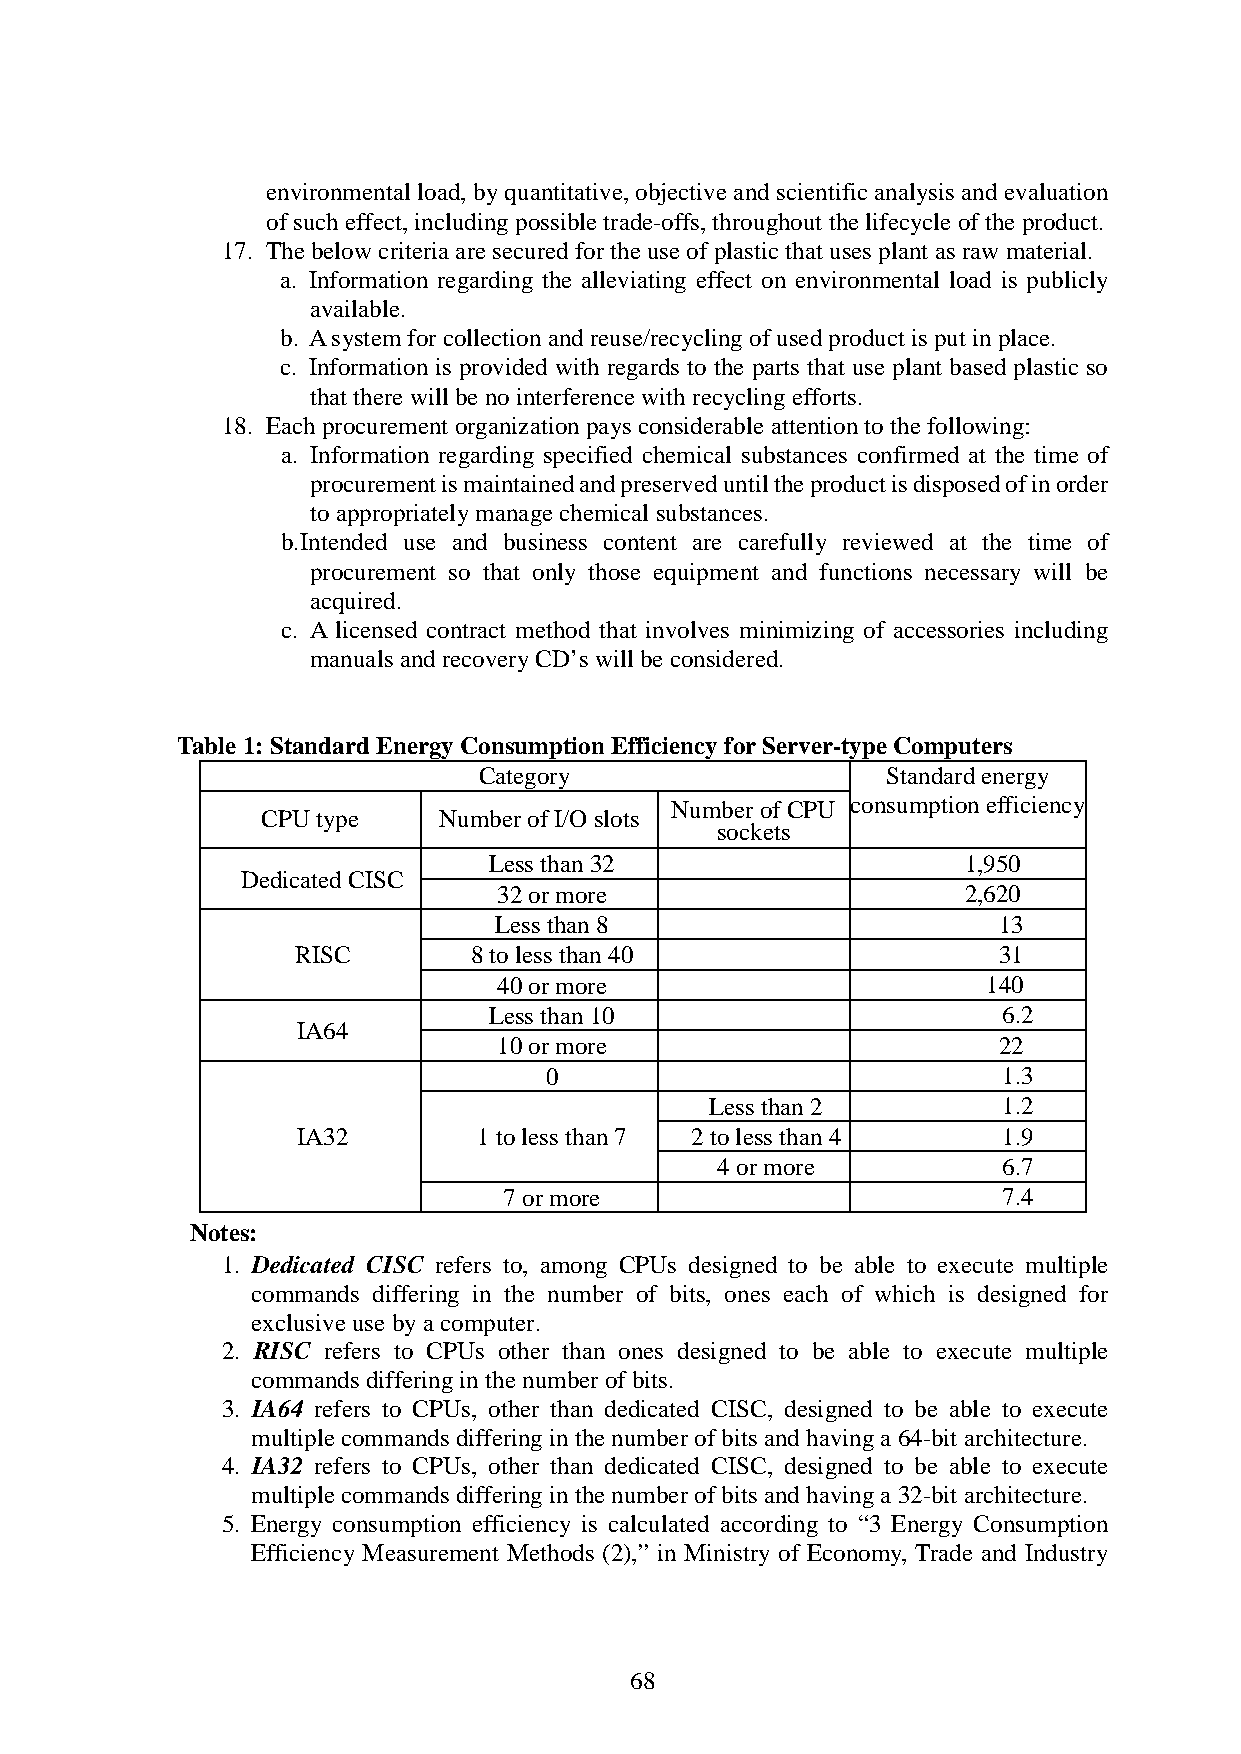
environmental load, by quantitative, objective and scientific analysis and evaluation
 of such effect, including possible trade-offs, throughout the lifecycle of the product.
 17. The below criteria are secured for the use of plastic that uses plant as raw material.
 a. Information regarding the alleviating effect on environmental load is publicly
 available.
 b. A system for collection and reuse/recycling of used product is put in place.
 c. Information is provided with regards to the parts that use plant based plastic so
 that there will be no interference with recycling efforts.
 18. Each procurement organization pays considerable attention to the following:
 a. Information regarding specified chemical substances confirmed at the time of
 procurement is maintained and preserved until the product is disposed of in order
 to appropriately manage chemical substances.
 b. Intended use and business content are carefully reviewed at the time of
 procurement so that only those equipment and functions necessary will be
 acquired.
 c. A licensed contract method that involves minimizing of accessories including
 manuals and recovery CD’s will be considered.
 Table 1: Standard Energy Consumption Efficiency for Server-type Computers
 Category                   Standard energy
 Number of CPU consumption efficiency
 CPU type    Number of I/O slots
 sockets
 Less than 32                    1,950
 Dedicated CISC
 32 or more                     2,620
 Less than 8                      13
 RISC       8 to less than 40                  31
 40 or more                      140
 Less than 10                      6.2
 IA64
 10 or more                       22
 0                             1.3
 Less than 2        1.2
 IA32        1 to less than 7 2 to less than 4 1.9
 4 or more          6.7
 7 or more                        7.4
 Notes:
 1. Dedicated CISC refers to, among CPUs designed to be able to execute multiple
 commands differing in the number of bits, ones each of which is designed for
 exclusive use by a computer.
 2. RISC refers to CPUs other than ones designed to be able to execute multiple
 commands differing in the number of bits.
 3. IA64 refers to CPUs, other than dedicated CISC, designed to be able to execute
 multiple commands differing in the number of bits and having a 64-bit architecture.
 4. IA32 refers to CPUs, other than dedicated CISC, designed to be able to execute
 multiple commands differing in the number of bits and having a 32-bit architecture.
 5. Energy consumption efficiency is calculated according to “3 Energy Consumption
 Efficiency Measurement Methods (2),” in Ministry of Economy, Trade and Industry
 68